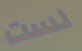
لست